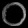
Digit: ၀